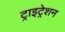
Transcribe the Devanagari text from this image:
ट्राइट्रेशन